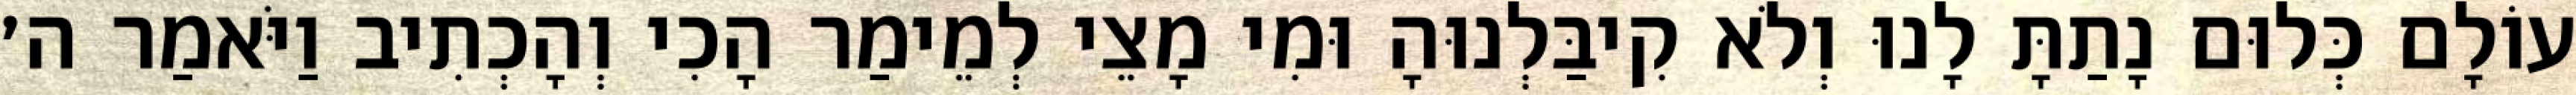
עוֹלָם כְּלוּם נָתַתָּ לָנוּ וְלֹא קִיבַּלְנוּהָ וּמִי מָצֵי לְמֵימַר הָכִי וְהָכְתִיב וַיֹּאמַר ה׳